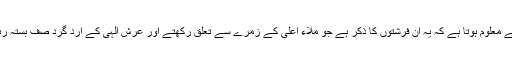
قرینہ سے معلوم ہوتا ہے کہ یہ ان فرشتوں کا ذکر ہے جو ملاء اعلیٰ کے زمرے سے تعلق رکھتے اور عرش الٰہی کے ارد گرد صف بستہ رہتے ہیں۔